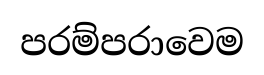
පරම්පරාවෙම